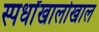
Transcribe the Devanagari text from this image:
स्पर्धांखालोखाल